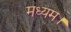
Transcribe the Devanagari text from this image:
मध्यम।